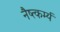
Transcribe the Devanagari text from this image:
नैष्त्कर्म्य